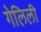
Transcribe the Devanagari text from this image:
गेलिली